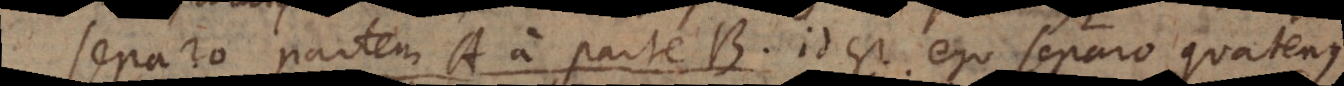
Separo partem A a parte B, id est ego separo quatenus